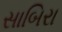
સાબિરા